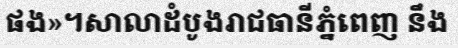
ផង»។សាលាដំបូងរាជធានីភ្នំពេញ នឹង